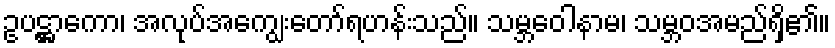
ဥပဋ္ဌာကော၊ အလုပ်အကျွေးတော်ရဟန်းသည်။ သမ္ဘဝေါနာမ၊ သမ္ဘဝအမည်ရှိ၏။